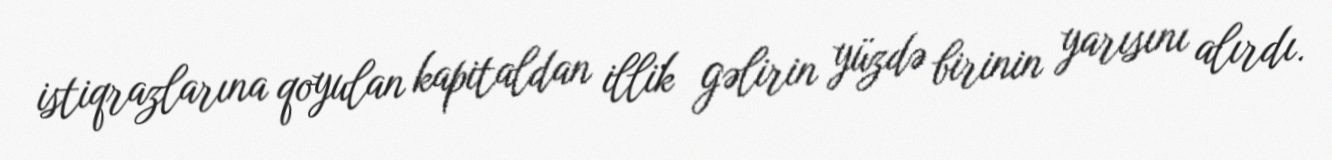
istiqrazlarına qoyulan kapitaldan illik gəlirin yüzdə birinin yarısını alırdı.